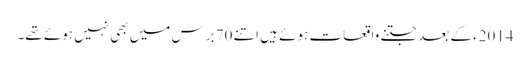
2014ء کے بعد جتنے واقعات ہوئے ہیں اتنے 70 برس میں بھی نہیں ہوئے تھے۔